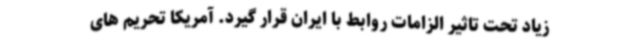
زیاد تحت تاثیر الزامات روابط با ایران قرار گیرد. آمریکا تحریم های